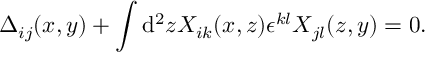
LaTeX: \Delta _ { i j } ( x , y ) + \int \mathrm { d } ^ { 2 } z X _ { i k } ( x , z ) \epsilon ^ { k l } X _ { j l } ( z , y ) = 0 .